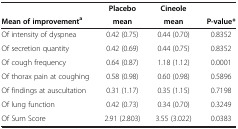
|  | Placebo | Cineole |  |
 | Mean of improvementa | mean | mean | P-value* |
 | --- | --- | --- | --- |
 | Of intensity of dyspnea | 0.42 (0.75) | 0.44 (0.70) | 0.8352 |
 | Of secretion quantity | 0.42 (0.69) | 0.44 (0.75) | 0.8352 |
 | Of cough frequency | 0.64 (0.87) | 1.18 (1.12) | 0.0001 |
 | Of thorax pain at coughing | 0.58 (0.98) | 0.60 (0.98) | 0.5896 |
 | Of findings at auscultation | 0.31 (1.17) | 0.35 (1.15) | 0.7198 |
 | Of lung function | 0.42 (0.73) | 0.34 (0.70) | 0.3249 |
 | Of Sum Score | 2.91 (2.803) | 3.55 (3.022) | 0.0383 |